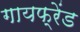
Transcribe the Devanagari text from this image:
गायफ्रेंड